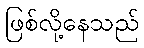
ဖြစ်လို့နေသည်